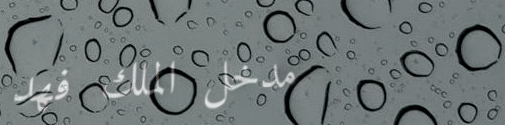
مدخل الملك فهد